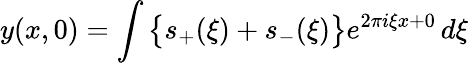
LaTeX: y(x,0)=\int{\bigl\{ }s_{+}(\xi)+s_{-}(\xi){\bigr\} }e^{2\pi i\xi x+0}\, d\xi